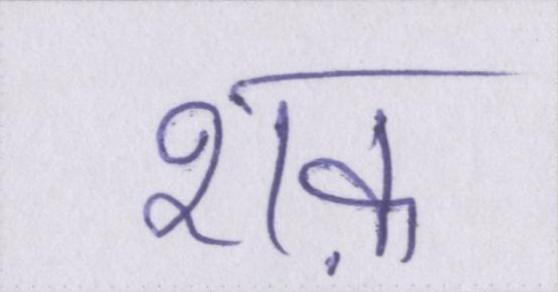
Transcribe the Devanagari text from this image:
शक़